65_HS1-834228961_62-HQ-83894_Serial_164
Agency: FBI
Page 110
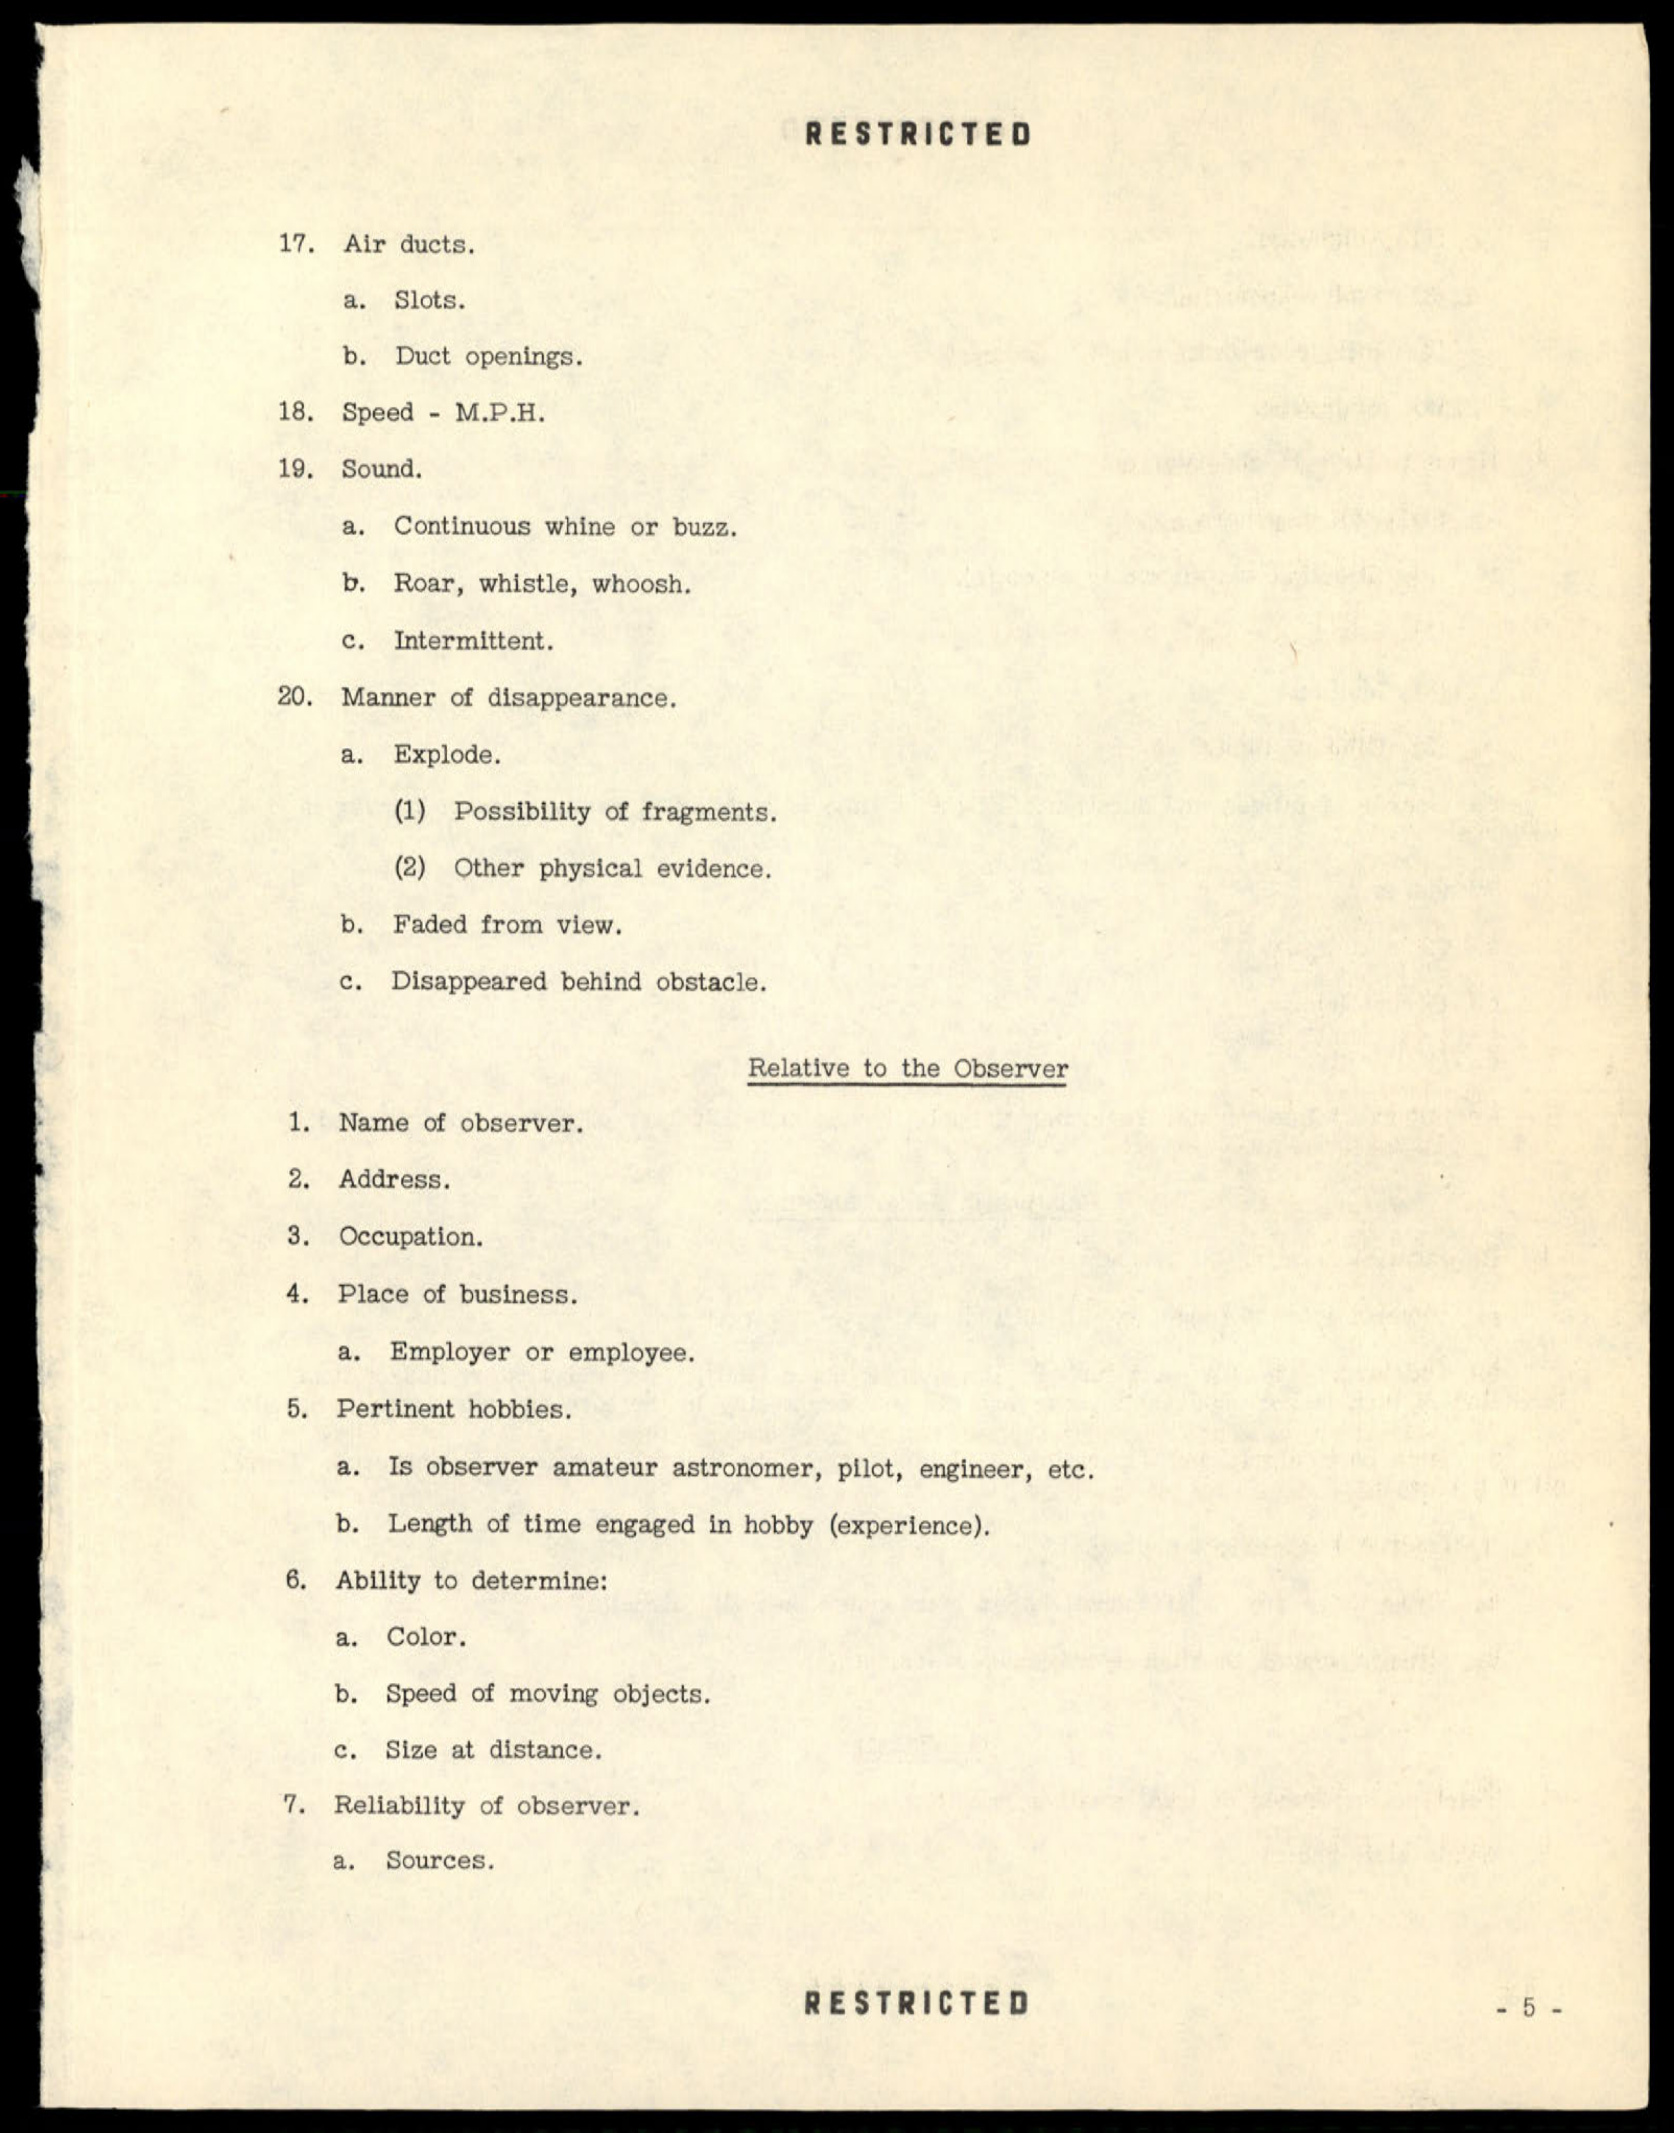